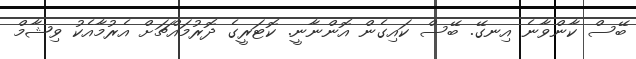
ބޭސް ކާންވާނެ އިނގޭ. ބޭސް ކައިގެން އޮންނާނީ. ކޮޓަރީގެ ދޮރުމައްޗަށް އެރުމާއެކު ވިޝާމް